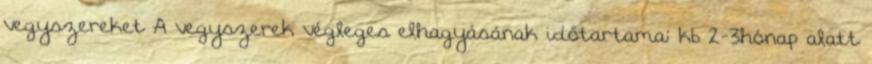
vegyszereket A vegyszerek végleges elhagyásának időtartama: kb 2-3hónap alatt